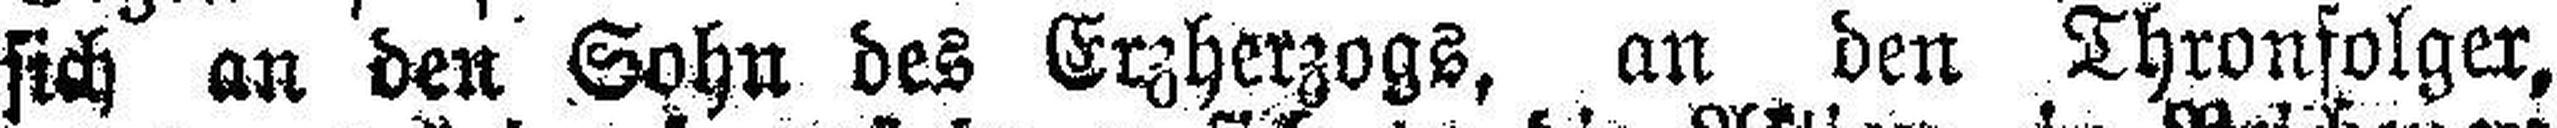
sich an den Sohn des Erzherzogs, an den Thronfolger,